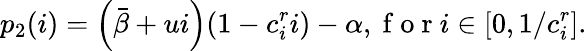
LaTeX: p_{2}(i)=\left(\bar{\beta}+ui\right)(1-c_{i}^{r}i)-\alpha,\mathrm{~f~o~r~}i\in[0,1/c_{i}^{r}].